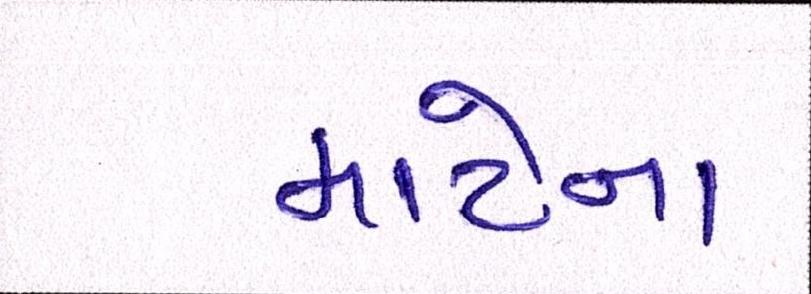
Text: માટેના